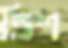
ত্রিশ